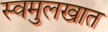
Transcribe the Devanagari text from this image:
स्वमुलखात